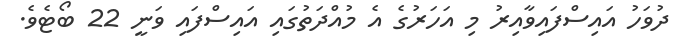
ދުވަހު އައިސްފައިވާއިރު މި އަހަރުގެ އެ މުއްދަތުގައި އައިސްފައި ވަނީ 22 ބޯޓެވެ.